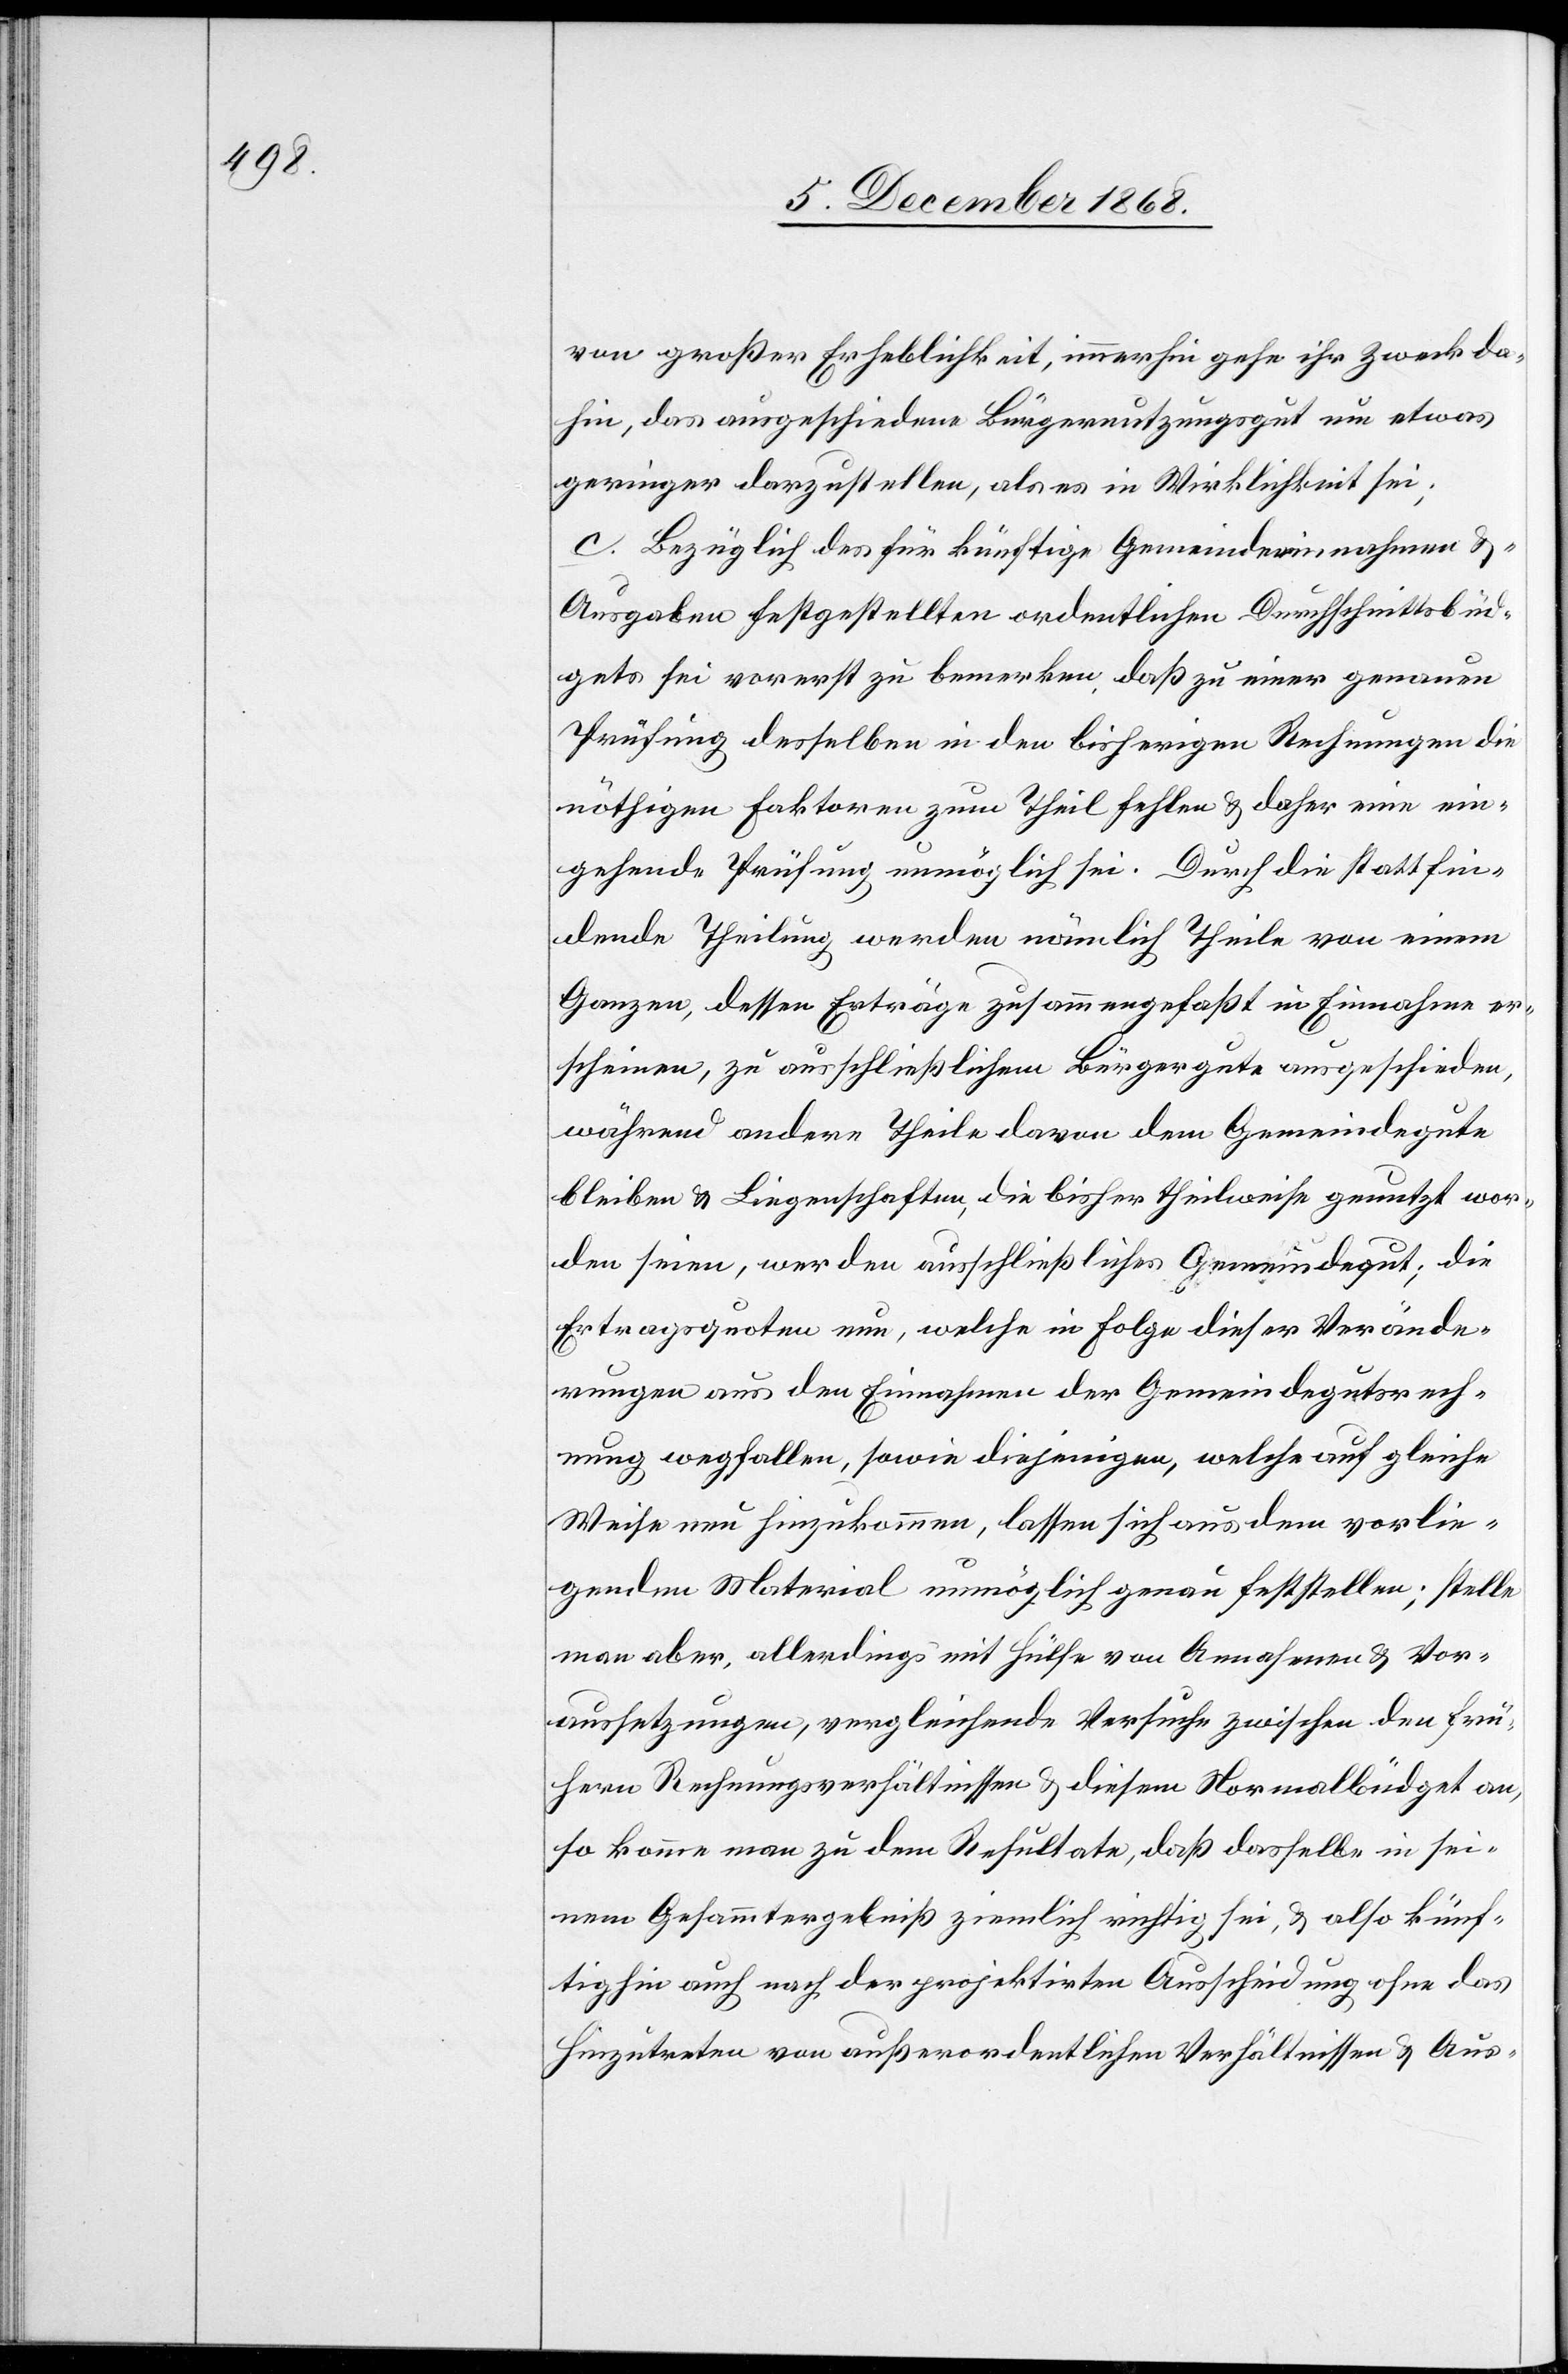
von großer Erheblichkeit, immerhin gehe ihr Zweck da¬
hin, das ausgeschiedene Bürgernutzungsgut um etwas
geringer darzustellen, als es in Wirklichkeit sei;
c. Bezüglich des für künftige Gemeindeeinnahmen &
-Ausgaben festgestellten ordentlichen Durchschnittsbüd¬
gets sei vorerst zu bemerken, daß zu einer genauen
Prüfung desselben in den bisherigen Rechnungen die
nöthigen Faktoren zum Theil fehlen & daher eine ein¬
gehende Prüfung unmöglich sei. Durch die stattfin¬
dende Theilung werden nämlich Theile von einem
Ganzen, dessen Erträge zusammengefaßt in Einnahme er¬
scheinen, zu ausschließlichem Bürgergute ausgeschieden,
während andere Theile davon dem Gemeindegute
bleiben & Liegenschaften, die bisher theilweise genutzt wor¬
den seien, werden ausschließliches Gemeindegut; die
Ertragsquoten nun, welche in Folge dieser Verände¬
rungen aus den Einnahmen der Gemeindegutsrech¬
nung wegfallen, sowie diejenigen, welche auf gleiche
Weise neu hinzukommen, lassen sich aus dem vorlie¬
genden Material unmöglich genau feststellen; stelle
man aber, allerdings mit Hülfe von Annahmen & Vor¬
aussetzungen, vergleichende Versuche zwischen den frü¬
hern Rechnungsverhältnissen & diesem Normalbüdget an,
so komme man zu dem Resultate, daß dasselbe in sei¬
nem Gesammtergebniß ziemlich richtig sei, & also künf¬
tighin auch nach der projektirten Ausscheidung ohne das
Hinzutreten von außerordentlichen Verhältnissen & Aus-